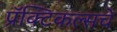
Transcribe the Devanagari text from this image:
प्रॅक्टिकल्सचे